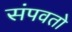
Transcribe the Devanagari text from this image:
संपवतो